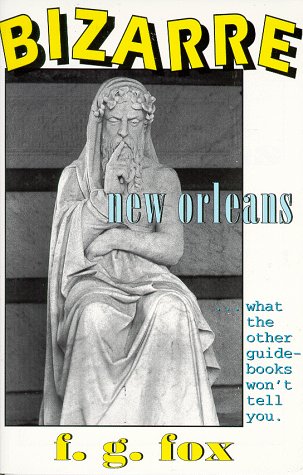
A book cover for Bizarre New Orleans: What the Other Guidebooks Won't Tell You; F. G. Fox; Travel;